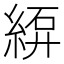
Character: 𫃫